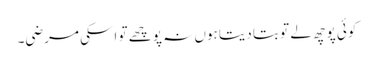
کوئی پوچھ لے تو بتا دیتا ہوں نہ پوچھے تو اسکی مرضی۔